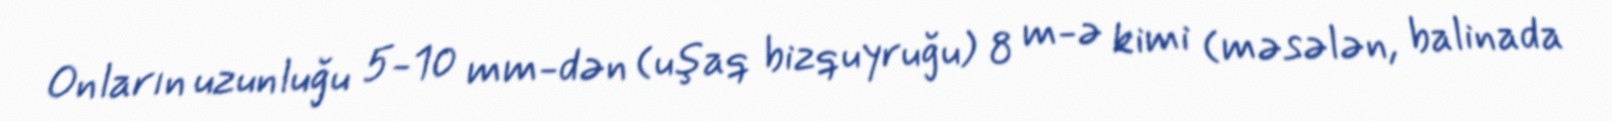
Onların uzunluğu 5-10 mm-dən (uşaq bizquyruğu) 8 m-ə kimi (məsələn, balinada